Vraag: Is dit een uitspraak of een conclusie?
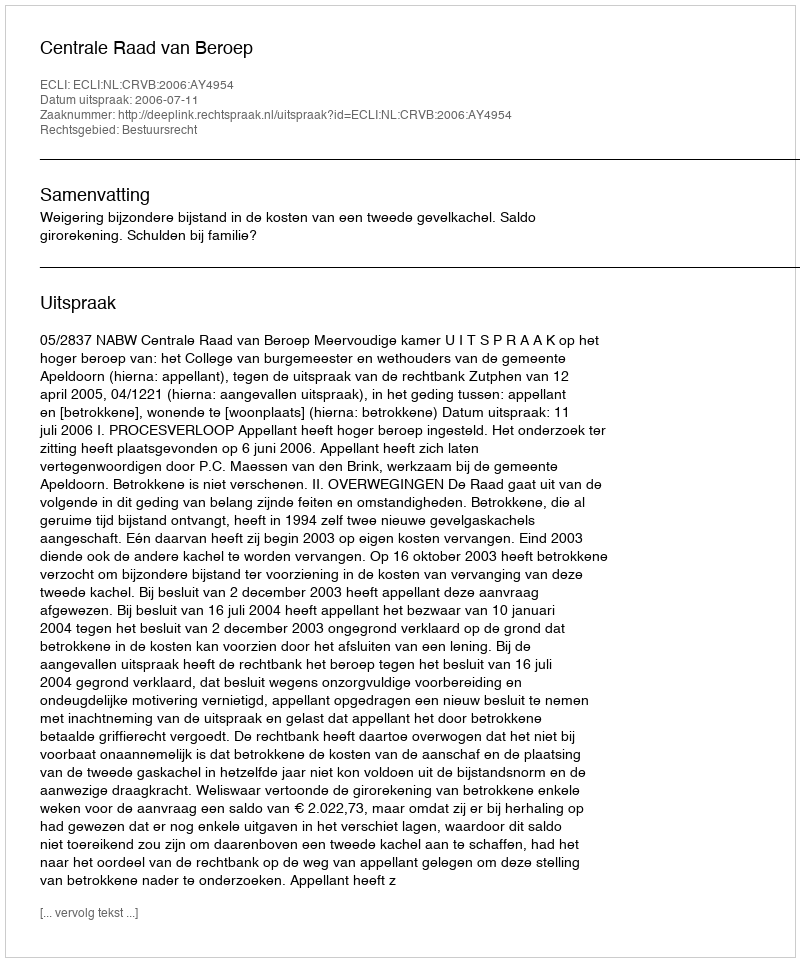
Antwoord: Uitspraak